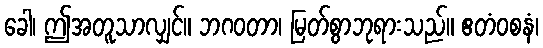
ခေါ၊ ဤအတူသာလျှင်။ ဘဂဝတာ၊ မြတ်စွာဘုရားသည်။ ဧတံဝစနံ၊